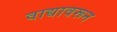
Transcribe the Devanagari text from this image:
वाद्यावरून